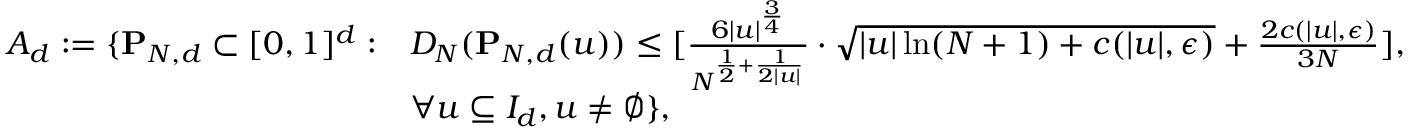
\begin{array} { r l } { A _ { d } : = \{ \mathbf { P } _ { N , d } \subset [ 0 , 1 ] ^ { d } : } & { D _ { N } ( \mathbf { P } _ { N , d } ( u ) ) \leq [ \frac { 6 | u | ^ { \frac { 3 } { 4 } } } { N ^ { \frac { 1 } { 2 } + \frac { 1 } { 2 | u | } } } \cdot \sqrt { | u | \ln ( N + 1 ) + c ( | u | , \epsilon ) } + \frac { 2 c ( | u | , \epsilon ) } { 3 N } ] , } \\ & { \forall u \subseteq I _ { d } , u \neq \emptyset \} , } \end{array}